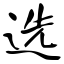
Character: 选